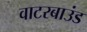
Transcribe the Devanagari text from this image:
वाटरबाउंड